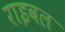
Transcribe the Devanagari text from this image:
राइवल